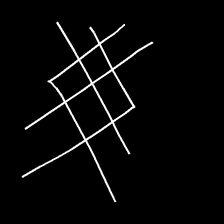
Glyph: crystal